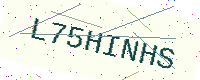
Text: L75HINHS